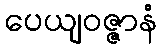
ပေယျဝဇ္ဇာနံ